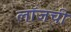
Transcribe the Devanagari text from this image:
लॉजची